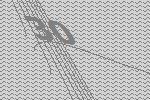
30